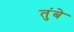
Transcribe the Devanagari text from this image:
तुंबे